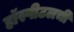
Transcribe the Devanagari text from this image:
हॉस्पीटलची